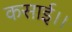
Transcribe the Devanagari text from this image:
कसाई।।